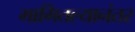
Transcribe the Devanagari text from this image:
मागितल्यानंतर